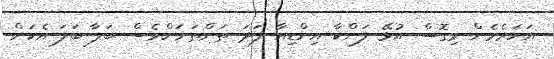
އަހަރެމެން މިގޮސް އުޅޭ ލަންކާ އިންޑިއާ ފަދަ ތަންތަނަށްވެސް ބަލާ ބަލަ އެކަން